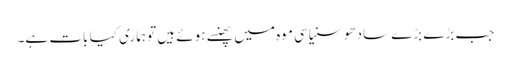
جب بڑے بڑے سادھو سنیاسی موہ میں پھنسے ہوئے ہیں تو ہماری کیا بات ہے۔